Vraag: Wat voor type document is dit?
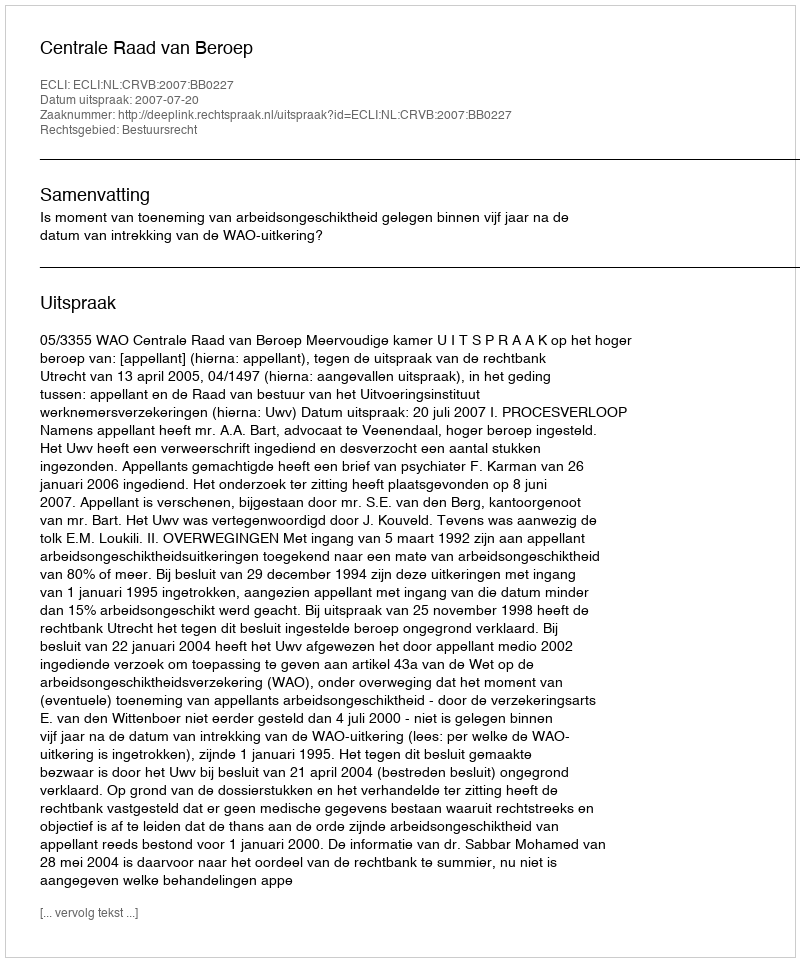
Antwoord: Uitspraak